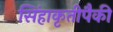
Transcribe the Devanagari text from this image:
सिंहाकृतीपैकी